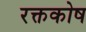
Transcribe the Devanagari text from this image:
रक्तकोष